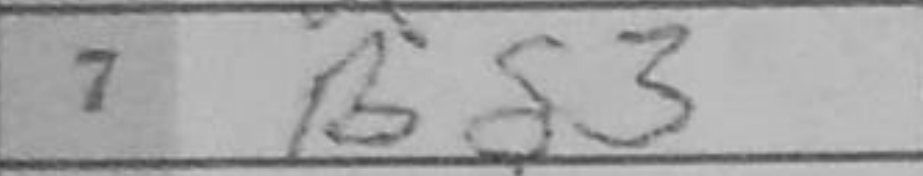
Transcription: Bg3